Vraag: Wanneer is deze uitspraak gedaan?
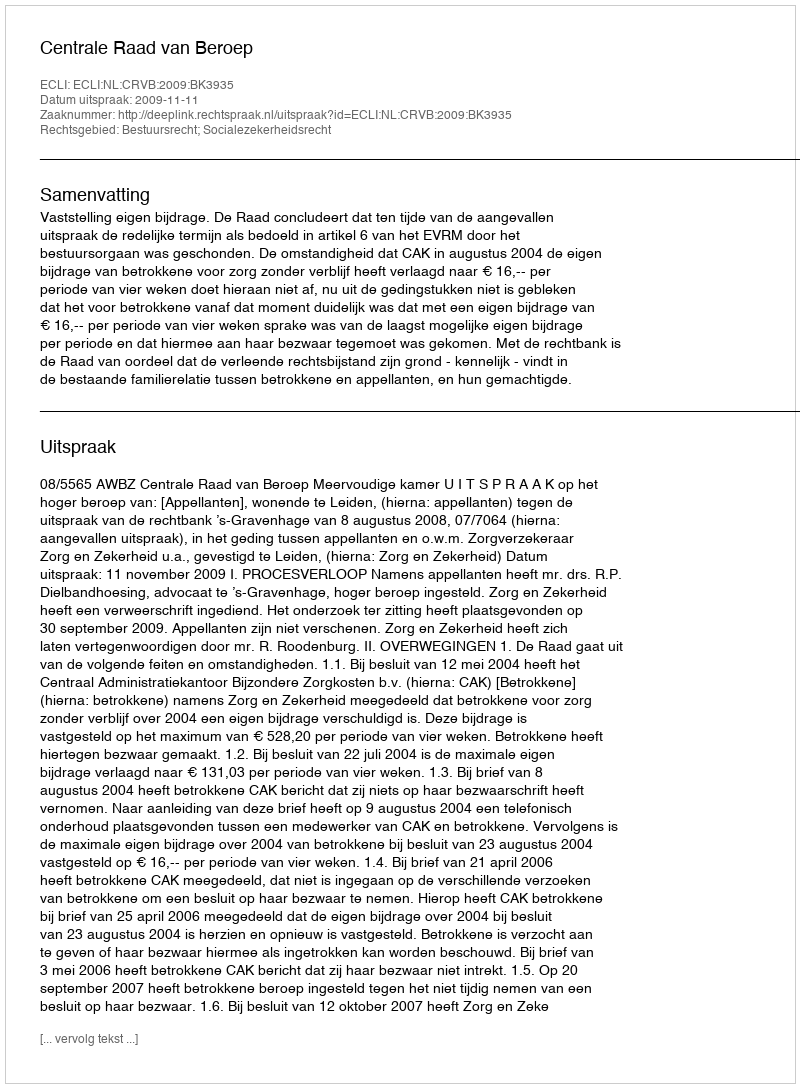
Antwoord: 2009-11-11